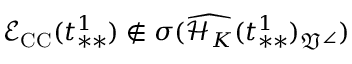
\mathcal { E } _ { \mathrm { C C } } ( t _ { * * } ^ { 1 } ) \not \in \sigma ( \widehat { \mathcal { H } _ { K } } ( t _ { * * } ^ { 1 } ) _ { \mathfrak { V } ^ { \angle } } )